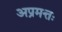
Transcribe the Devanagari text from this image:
अप्रमत्तः